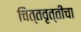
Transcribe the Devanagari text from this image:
चित्तवृत्तींचा